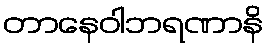
တာနေဝါဘရဏာနိ